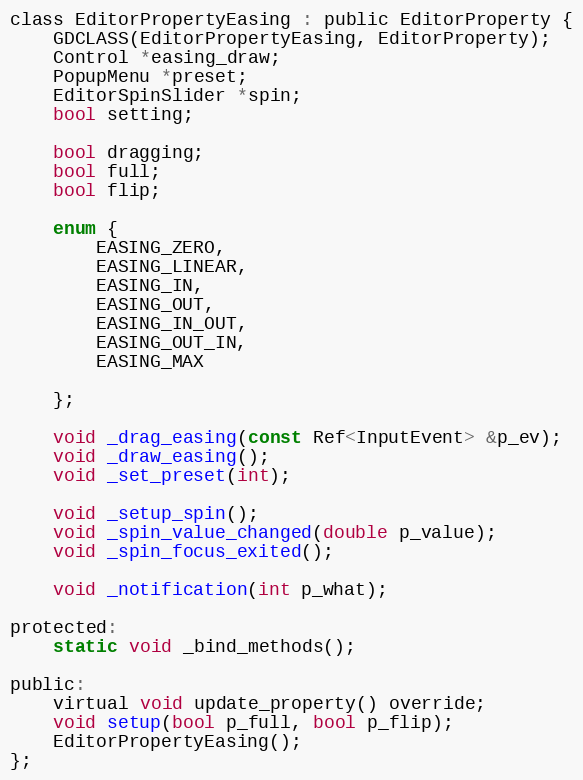
Language: C
class EditorPropertyEasing : public EditorProperty {
	GDCLASS(EditorPropertyEasing, EditorProperty);
	Control *easing_draw;
	PopupMenu *preset;
	EditorSpinSlider *spin;
	bool setting;

	bool dragging;
	bool full;
	bool flip;

	enum {
		EASING_ZERO,
		EASING_LINEAR,
		EASING_IN,
		EASING_OUT,
		EASING_IN_OUT,
		EASING_OUT_IN,
		EASING_MAX

	};

	void _drag_easing(const Ref<InputEvent> &p_ev);
	void _draw_easing();
	void _set_preset(int);

	void _setup_spin();
	void _spin_value_changed(double p_value);
	void _spin_focus_exited();

	void _notification(int p_what);

protected:
	static void _bind_methods();

public:
	virtual void update_property() override;
	void setup(bool p_full, bool p_flip);
	EditorPropertyEasing();
};